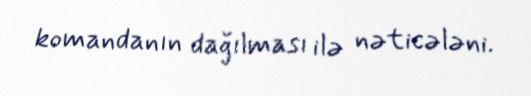
komandanın dağılması ilə nəticələni.